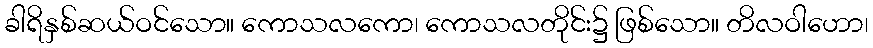
ခါရိနှစ်ဆယ်ဝင်သော။ ကောသလကော၊ ကောသလတိုင်း၌ ဖြစ်သော။ တိလဝါဟော၊